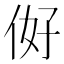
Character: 𱎭